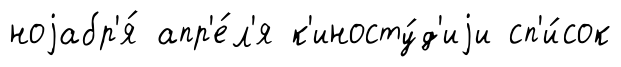
ноjабр'я́ апр'е́л'я к'иносту́д'иjи сп'и́сок